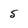
Character: S